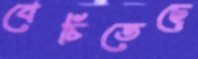
বেচিতেছে